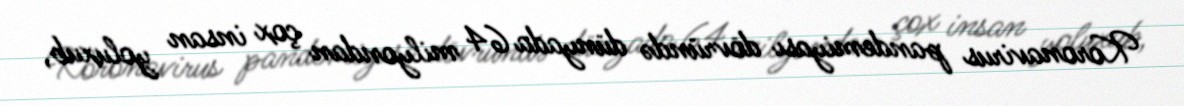
Koronavirus pandemiyası dövründə dünyada 64 milyondan çox insan yoluxub,